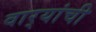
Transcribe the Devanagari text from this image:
वार्‍यांची